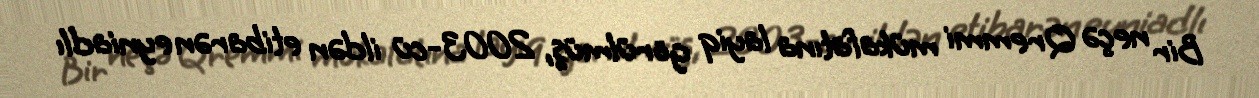
Bir neçə Qremmi mükafatına layiq görülmüş, 2003-cü ildən etibarən eyniadlı